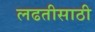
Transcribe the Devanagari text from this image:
लढतीसाठी